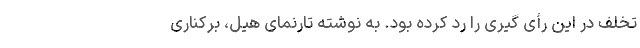
تخلف در این رأی گیری را رد کرده بود. به نوشته تارنمای هیل، برکناری